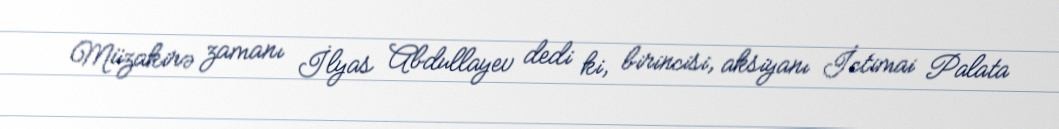
Müzakirə zamanı İlyas Abdullayev dedi ki, birincisi, aksiyanı İctimai Palata